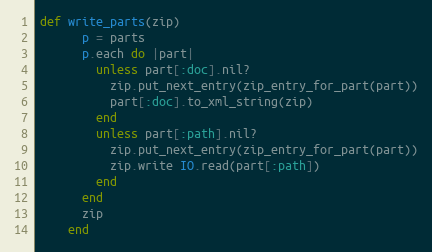
Language: Ruby
def write_parts(zip)
      p = parts
      p.each do |part|
        unless part[:doc].nil?
          zip.put_next_entry(zip_entry_for_part(part))
          part[:doc].to_xml_string(zip)
        end
        unless part[:path].nil?
          zip.put_next_entry(zip_entry_for_part(part))
          zip.write IO.read(part[:path])
        end
      end
      zip
    end